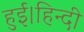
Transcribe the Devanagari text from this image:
हुई।हिन्दी